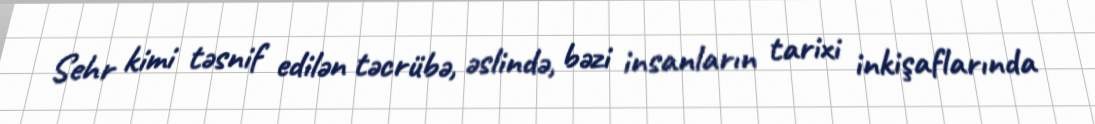
Sehr kimi təsnif edilən təcrübə, əslində, bəzi insanların tarixi inkişaflarında